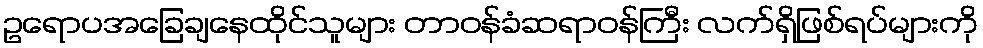
ဥရောပအခြေချနေထိုင်သူများ တာဝန်ခံဆရာဝန်ကြီး လက်ရှိဖြစ်ရပ်များကို